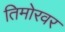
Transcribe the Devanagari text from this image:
तिमोरवर